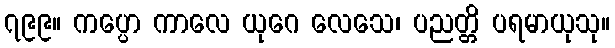
၇၉၉။ ကပ္ပော ကာလေ ယုဂေ လေသေ၊ ပညတ္တိ ပရမာယုသု။